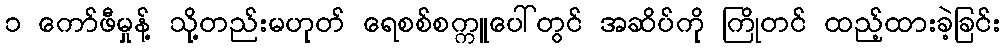
၁ ကော်ဖီမှုန့် သို့တည်းမဟုတ် ရေစစ်စက္ကူပေါ်တွင် အဆိပ်ကို ကြိုတင် ထည့်ထားခဲ့ခြင်း